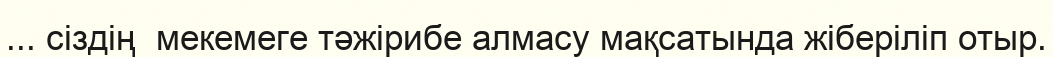
... сіздің  мекемеге тәжірибе алмасу мақсатында жіберіліп отыр.